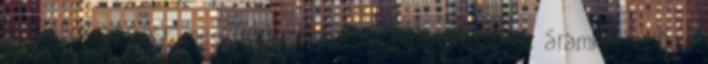
hatásfokra, most meg beteszek egy ellenállást az áramkörbe. Nos